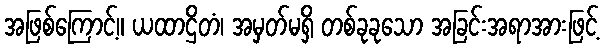
အဖြစ်ကြောင့်။ ယထာဌိတံ၊ အမှတ်မရှိ တစ်ခုခုသော အခြင်းအရာအားဖြင့်